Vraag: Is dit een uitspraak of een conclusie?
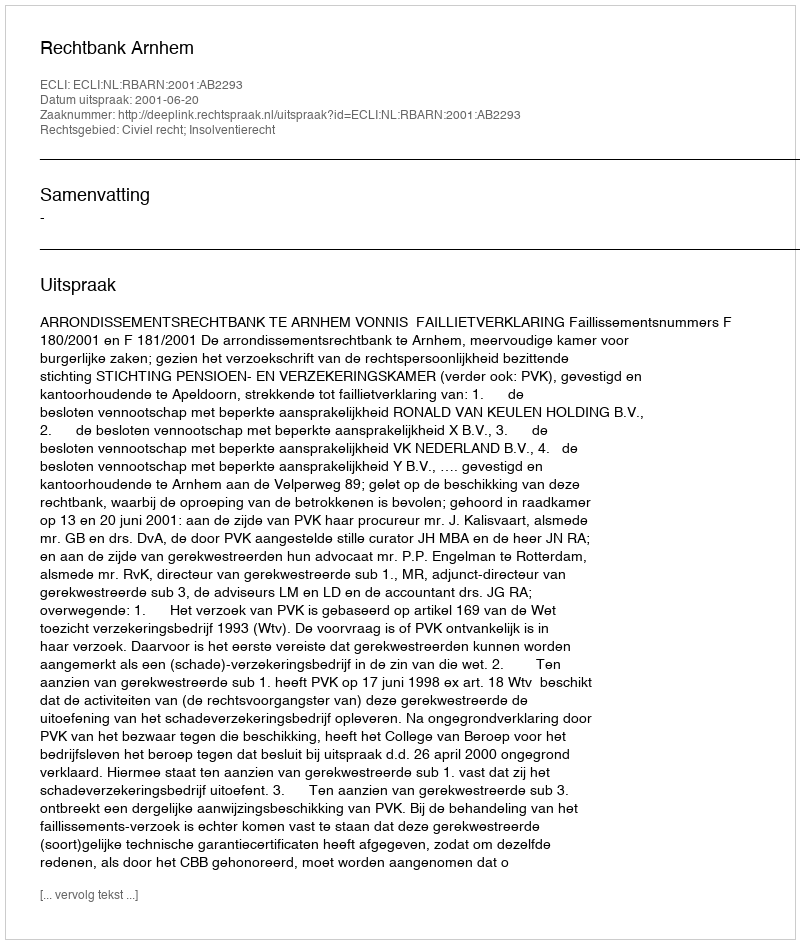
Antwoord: Uitspraak